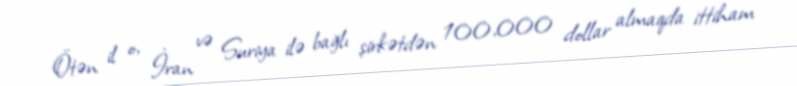
Ötən il o, İran və Suriya ilə bağlı şirkətdən 100,000 dollar almaqda ittiham